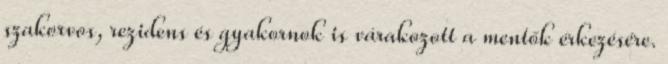
szakorvos, rezidens és gyakornok is várakozott a mentők érkezésére.